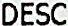
DESC